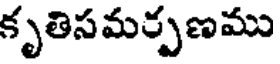
కృతిసమర్పణము